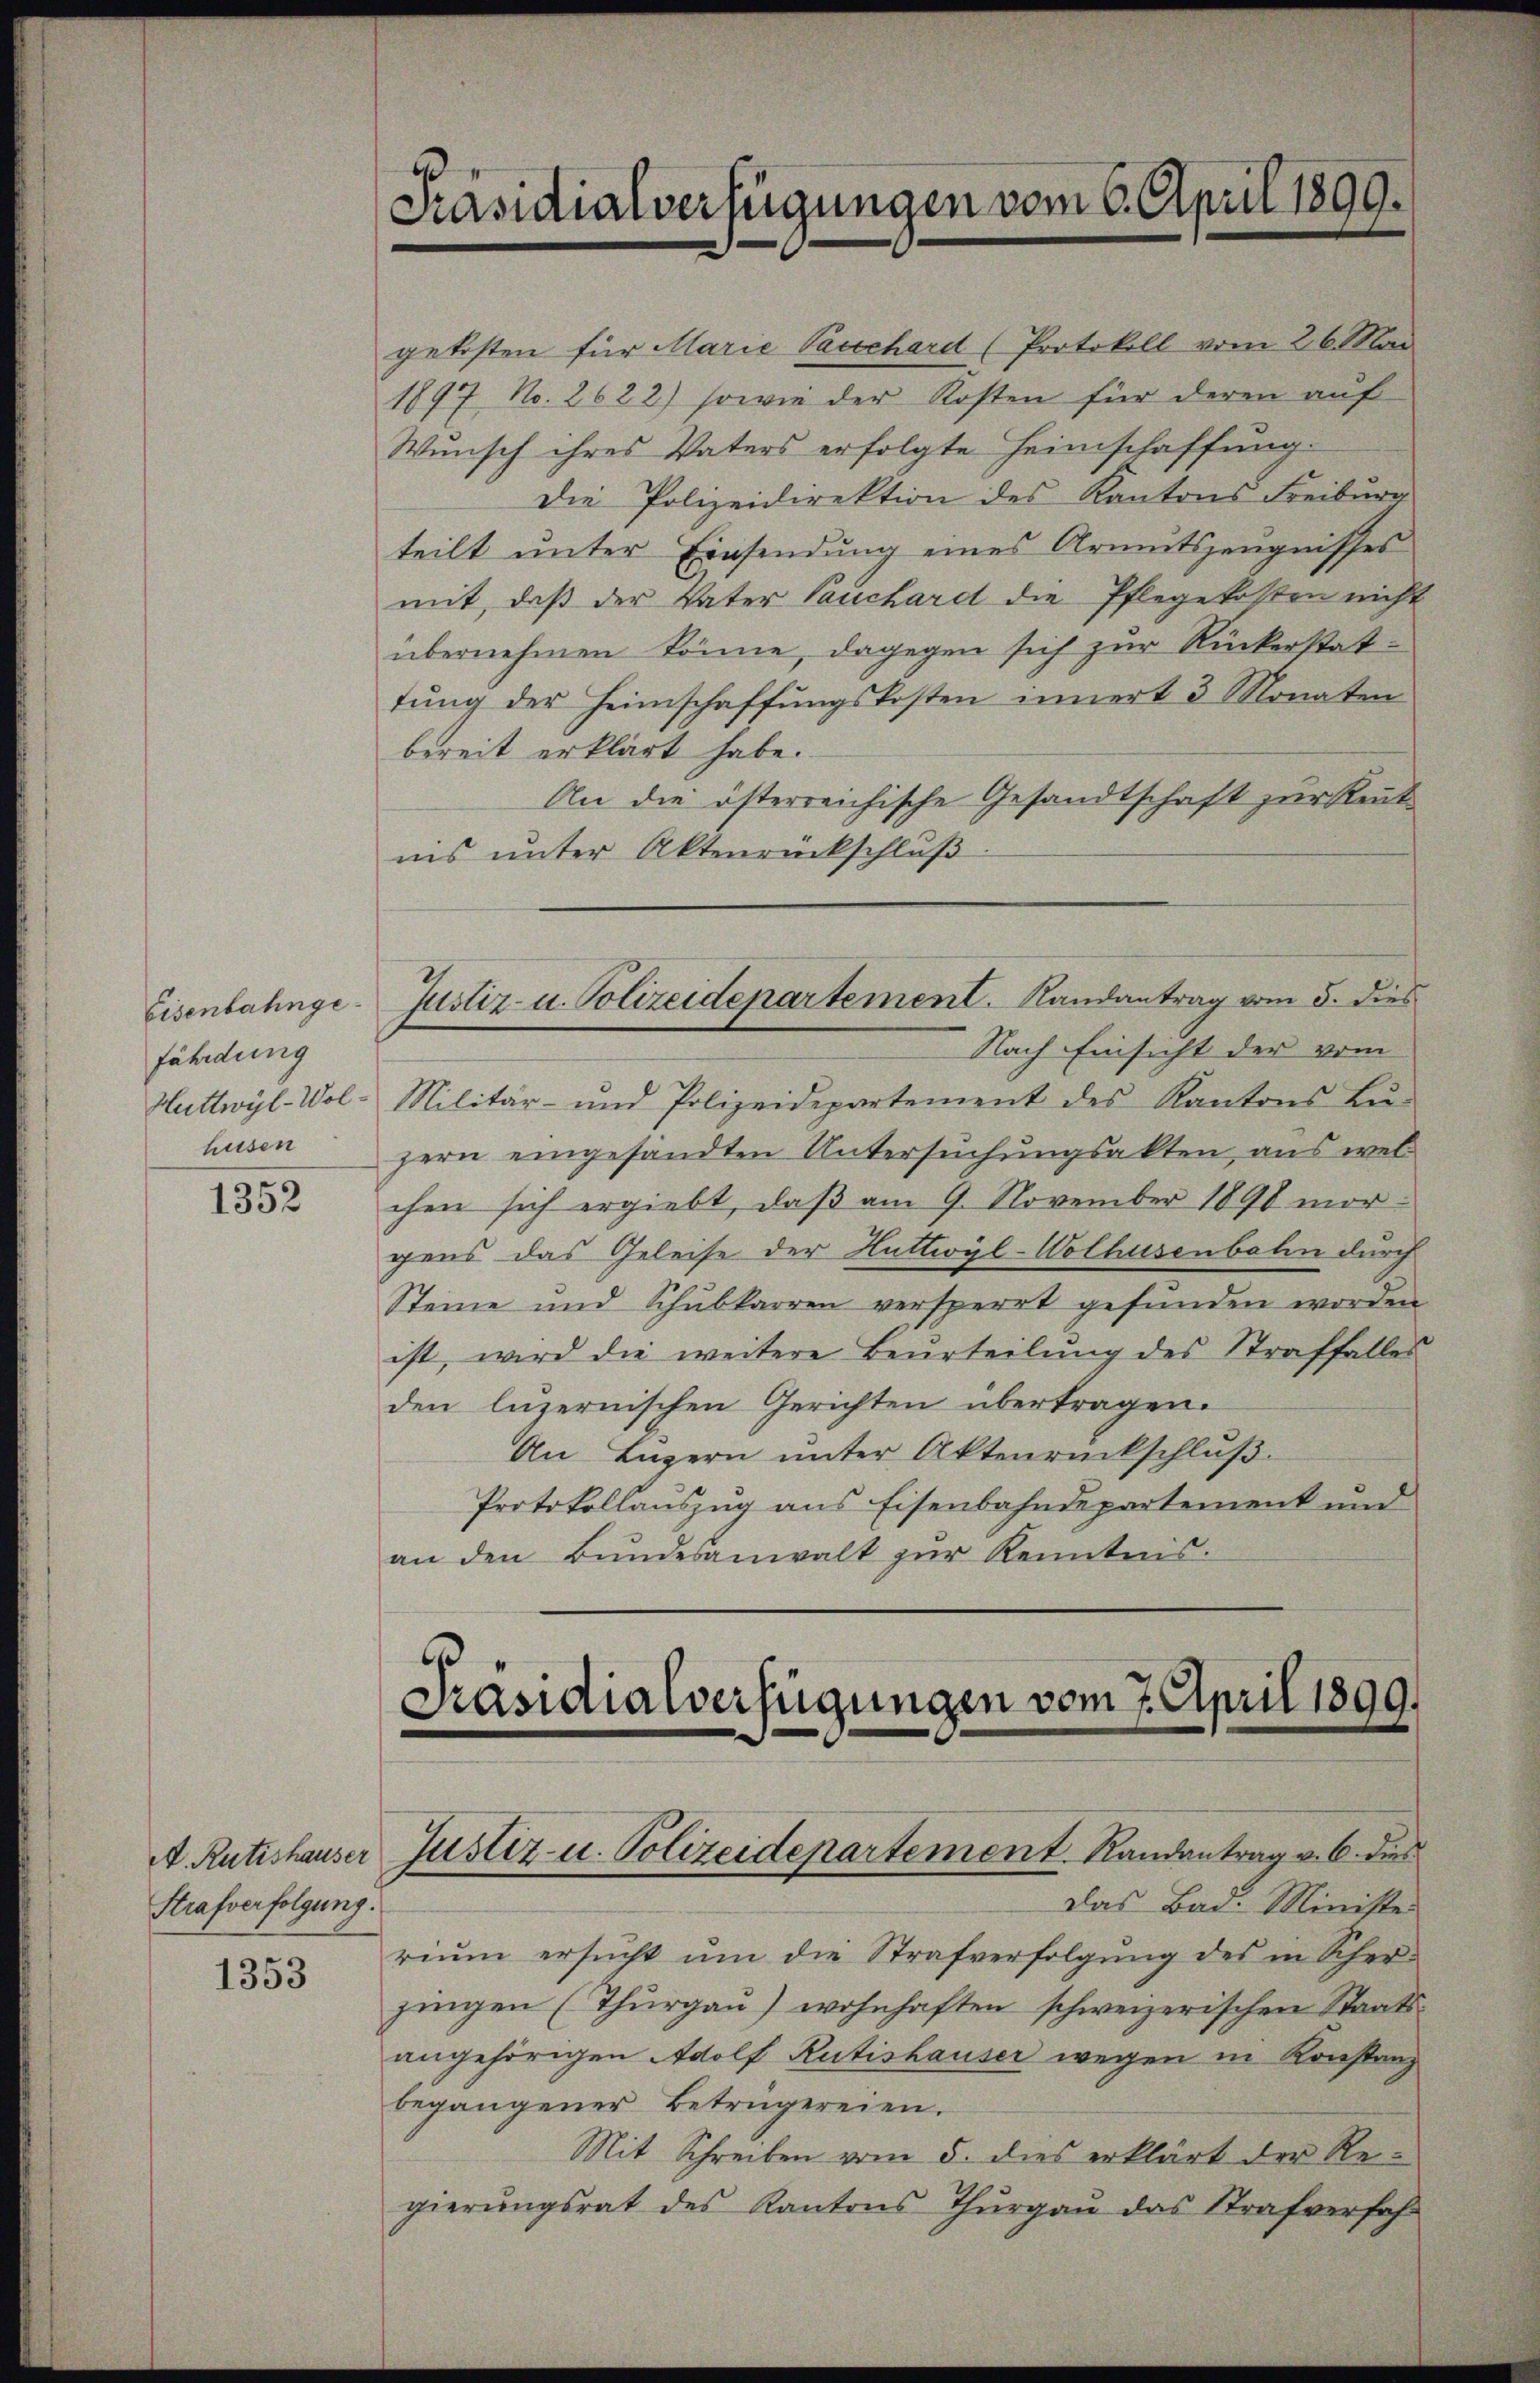
Eisenbahngefährdung
Huttwyl-Wol
husen

1352

A. Rütishauser
Strafverfolgung.

1353

s
Präsidialverfügungen vom 6. April 1899.

gekosten für Marie Vacchard (Protokoll vom 26. Mai
1897 No. 2622) sowie der Kosten für deren auf
Wunsch ihres Vaters erfolgte Heimschaffung.
Die Polizeidirektion des Kantons Freiburg
teilt unter Einsendung eines Armutszeugnisses
mit, daß der Vater Tauchardt die Pflegekosten nicht
übernehmen könne, dagegen sich zur Rückerstattŭng der Heimschaffŭngskosten innert 3 Monaten
bereit erklärt habe.
An die österreichische Gesandtschaft zur Rent
ins unter Aktenrückschluß
Justiz- u. Polizeidepartement. Randantrag vom 5. dies
Nach Einsicht der vom
Militär- und Polizeidepartement des Kantons Lŭ-
zern eingesandten Untersuchungsakten, aus wel
chen sich ergiebt, daβ am 9. November 1890 mor-
gens das Geleise der Huttwyl-Wolhusenbahn durch
Steine und Schŭbkarren versperrt gefŭnden worden
ist, wird die weitere Beurteilŭng des Straffalles
den luzernischen Gerichten übertragen.
An Luzern unter Aktenrückschluß
Protokollauszug aus Eisenbahndepartement und
an den Bŭndesanwalt zŭr Kenntnis.

Präsidialverfügungen vom 7. April 1899.

Das Bad. Ministe
riŭm ersŭcht ŭm die Strafverfolgŭng des in Scher-
zingen (Thŭrgaŭ) wohnhaften schweizerischen Staats-
angehörigen Adolf Rütishauser wegen in Konstanz
begangener Betrügereien.
Mit Schreiben vom 5. dies erklärt der Regierŭngsrat des Kantons Thŭrgaŭ das Strafverfah-

Justiz- u. Polizeidepartement. Randantrag v. 6. dies